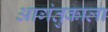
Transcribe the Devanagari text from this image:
आगंतुकाला